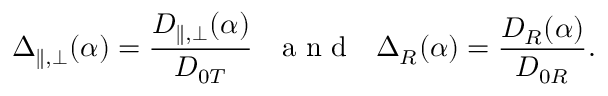
\Delta _ { \parallel , \perp } ( \alpha ) = \frac { D _ { \parallel , \perp } ( \alpha ) } { D _ { 0 T } } \, \, \, \, { \textrm { a n d } } \, \, \, \, \Delta _ { R } ( \alpha ) = \frac { D _ { R } ( \alpha ) } { D _ { 0 R } } .